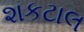
શકટાલ